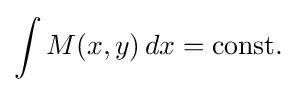
\int M(x,y)\,dx={\hbox{const.}}